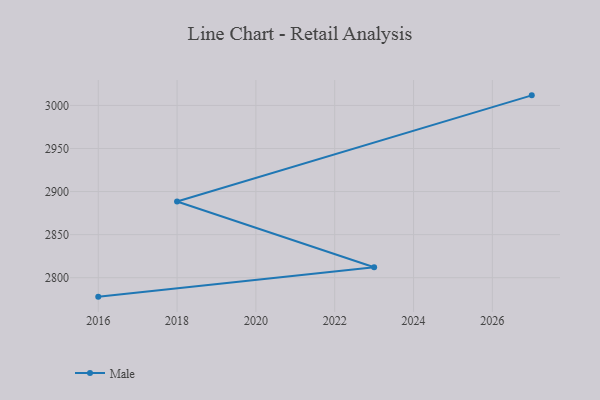
{"axis": {"x": "Year", "y": "Conversion Rate (%)"}, "legend": ["Male"], "data": [{"x": "2016", "y": 2778.0, "type": "Male"}, {"x": "2023", "y": 2812.1, "type": "Male"}, {"x": "2018", "y": 2888.4, "type": "Male"}, {"x": "2027", "y": 3011.7, "type": "Male"}]}